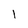
Character: 1